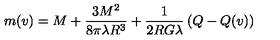
m ( v ) = M + \frac { 3 M ^ { 2 } } { 8 \pi \lambda R ^ { 3 } } + \frac { 1 } { 2 R G \lambda } \left( Q - Q ( v ) \right)